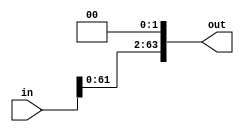
module sl2(input [63:0] in, output [63:0] out);
    assign out = (in << 2);
endmodule